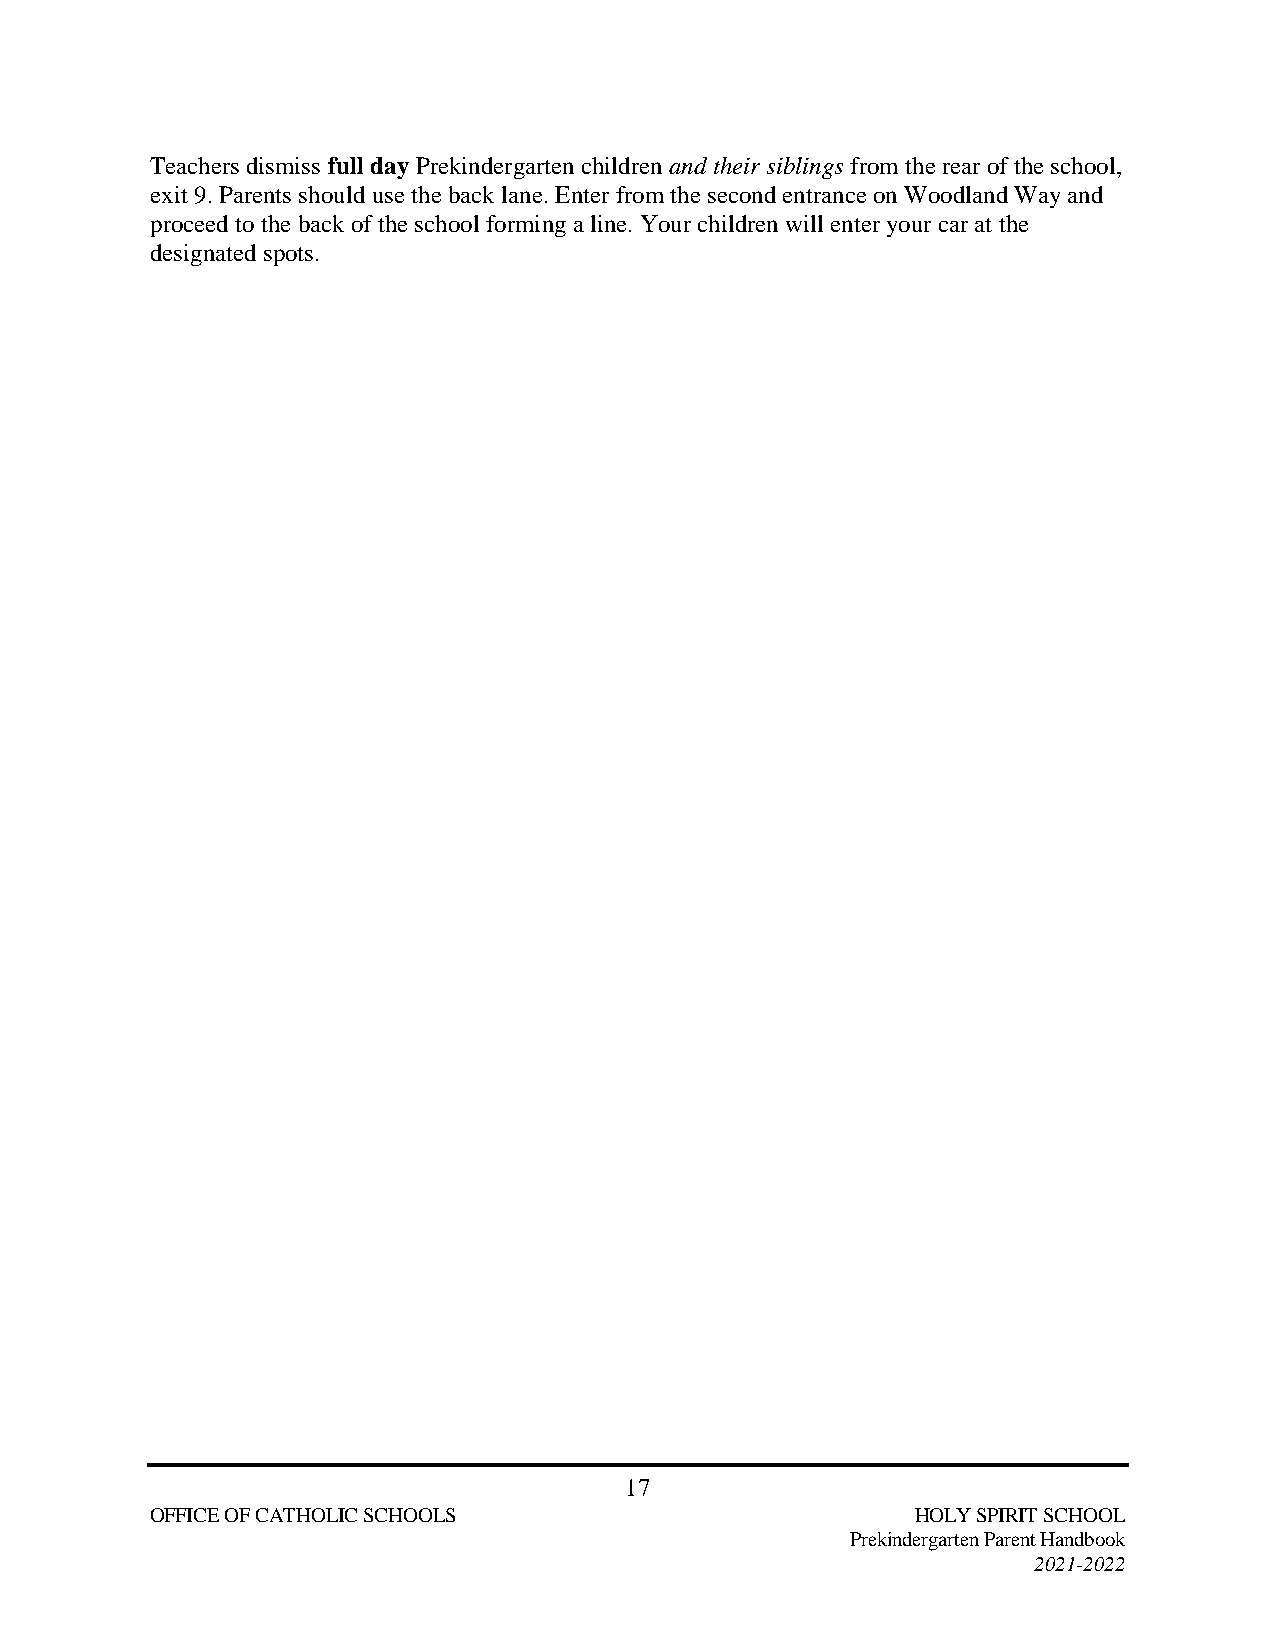
Teachers dismiss full day Prekindergarten children and their siblings from the rear of the school,
 exit 9. Parents should use the back lane. Enter from the second entrance on Woodland Way and
 proceed to the back of the school forming a line. Your children will enter your car at the
 designated spots.
 17
 OFFICE OF CATHOLIC SCHOOLS                         HOLY SPIRIT SCHOOL
 Prekindergarten Parent Handbook
 2021-2022